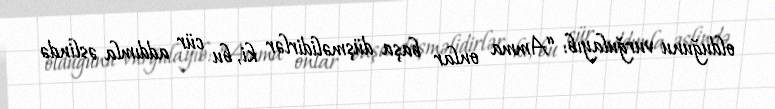
olduğunu vurğulayıb: “Amma onlar başa düşməlidirlər ki, bu cür addımla əslində